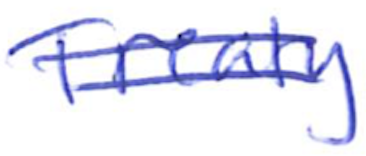
Text: Treaty
Cross-out: double-line
Writing tool: ballpoint